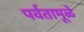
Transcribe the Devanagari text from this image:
पर्वतामूळे